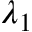
\lambda _ { 1 }